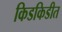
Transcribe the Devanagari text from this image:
किडकिडीत